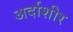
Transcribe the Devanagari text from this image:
अर्दाशीर